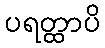
ပရတ္ထာပိ